Vaccination in the Punjab 1883-1896 - 1883-1896
Year: 1883
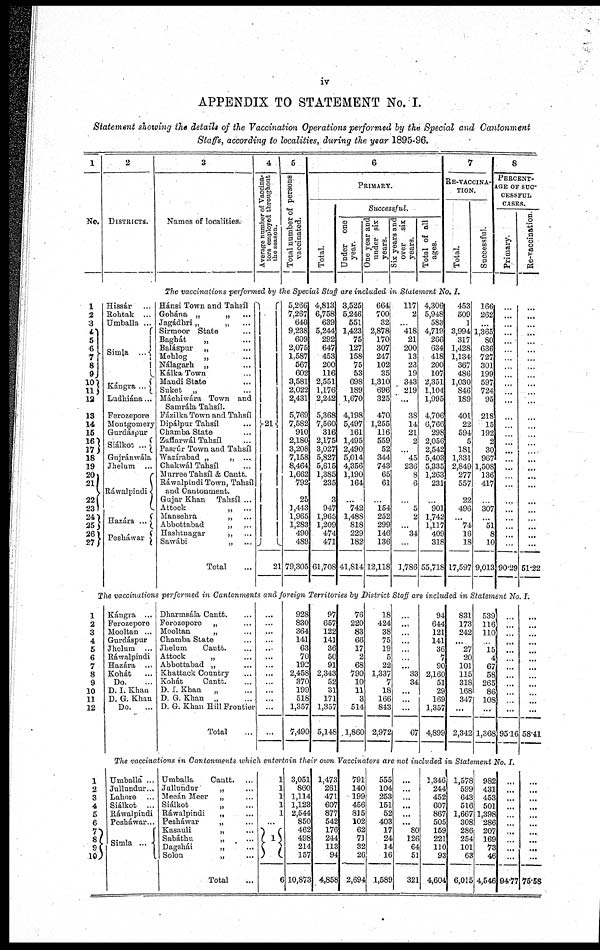
iv
APPENDIX TO STATEMENT No. I.
Statement showing the details of the Vaccination Operations performed by the Special and Cantonment
Staffs, according to localities, during the year 1895-96.
1
No.
2
DISTRICTS.
3
Names of localities.
4
Average number of Vaccina-
tors employed throughout
the season.
5
Total number of persons
vaccinated.
6
PRIMARY.
Total.
Successful.
Under one
year.
One year and
under six
years.
Six years and
over six
years.
Total of all
ages.
7
RE-VACCINA-
----.
Total.
Successful.
8
PERCENT-
--- OF SUC-
CESSFUL
CASES.
Primary.
Re-vaccination
The vaccinations performed by the Special Staff are included in Statement No. I.
1
2
3
4
5
6
7
8
9
10
11
12
13
14
15
16
17
18
19
20
21
22
23
24
25
26
27
Hissár
...
Rohtak ...
Umballa ...
Simla
...
Kángra ...
Ludhiána...
Ferozepore
Montgomery
Gurdáspur
Siálkot ...
Gujránwála
Jhelum ...
Ráwalpindi
Hazára ...
Pesháwar
Hánsi Town and Tahsíl
Gohána „
„ ...
Jagádhri „
„ ...
Sirmoor State ...
Baghát
„ ...
Baláspur „ ...
Mehlog
„ ...
Nálagarh „ ...
Kálka Town ...
Mandi State ...
Suket „ ...
Máchiwára Town and
Samrála Tahsíl.
Fázilka Town and Tahsíl
Dipálpur Tahsíl ...
Chamba State ...
Zaffarwál Tahsíl ...
Pasrúr Town and Tahsíl
Wazírabad „
„ ...
Chakwál Tahsíl
Murree Tahsíl & Cantt.
Ráwalpindi Town, Tahsíl
and Cantonment.
Gujar Khan Tahsíl ...
Attock
„ ...
Mansehra
„ ...
Abbottabad
„ ...
Hashtnagar
„ ...
Sawábi
„ ...
Total ...
21
21
5,266
7,267
640
9,238
609
2,075
1,587
567
602
3,581
2,022
2,431
5,769
7,582
910
2,180
3,208
7,158
8,464
1,662
792
25
1,443
1,965
1,283
490
489
79,305
4,813
6,758
639
5,244
292
647
453
200
116
2,551
1,176
2,242
5,368
7,560
316
2,175
3,027
5,827
5,615
1,385
235
3
947
1,965
1,209
474
471
61,708
3,525
5,246
551
1,423
75
127
158
75
53
698
189
1,670
4,198
5,497
161
1,495
2,490
5,014
4,356
1,190
164
...
742
1,488
818
229
182
41,814
664
700
32
2,878
170
307
247
102
35
1,310
696
325
470
1,255
116
559
52
344
743
65
61
...
154
252
299
146
136
12,118
117
2
...
418
21
200
13
23
19
343
219
...
38
14
21
2
...
45
236
8
6
... 5
2
...
34
...
1,786
4,306
5,948
583
4,719
266
634
418
200
107
2,351
1,104
1,995
4,706
6,766
298
2,056
2,542
5,403
5,335
1,263
231
...
901
1,742
1,117
409
318
55,718
453
509
1
3,994
317
1,428
1,134
367
486
1,030
846
189
401
22
594
5
181
1,331
2,849
277
557
22
496
...
74
16
18
17,597
166
262
...
1,365
80
636
727
301
199
597
724
95
218
15
192
2
30
967
1,508
136
417
...
307
...
51
8
10
9,013
...
...
...
...
...
...
...
...
...
...
...
...
...
...
...
...
...
...
...
...
...
...
...
...
...
...
...
90.29
...
...
...
...
...
...
...
...
...
...
...
...
...
...
...
...
...
...
...
...
...
...
...
...
...
...
...
61.22
The vaccinations performed in Cantonments and foreign Territories by District Staff are included in Statement No. I.
1
2
3
4
5
6
7
8
9
10
11 12
Kángra ...
Ferozepore
Mooltan ...
Gurdáspur
Jhelum ...
Ráwalpindi
Hazára ...
Kohát ...
Do. ...
D. I. Khan
D. G. Khan
Do. ...
Dharmsála Cantt. ...
Ferozepore „ ...
Mooltan
„ ...
Chamba State ...
Jhelum
Cantt. ...
Attock
„ ...
Abbottabad „ ...
Khattack Country ...
Kohát
Cantt. ...
D. I. Khan
„ ...
D. G. Khan „ ...
D. G. Khan Hill Frontier
Total ...
...
...
...
...
...
...
...
...
...
...
...
...
...
928
830
364
141
63
70
192
2,458
370
199
518
1,357
7,490
97
657
122
141
36
50
91
2,343
52
31
171
1,357
5,148
76
220
83
66
17
2
68
790
10
11
3
514
1,860
18
424
38
75
19
5
22
1,337
7
18
166
843
2,972
...
...
...
...
...
...
...
33
34
...
...
...
67
94
644
121
141
36
7
90
2,160
51
29
169
1,357
4,899
831
173
242
...
27
20
101
115
318
168
347
...
2,342
539
116
110
...
15
4
67
58
265
86
108
...
1,368
...
...
...
...
...
...
...
...
...
...
...
...
95.16
...
...
...
...
...
...
...
...
...
...
...
...
58.41
The vaccinations in Cantonments which entertain their own Vaccinators are not included in Statement No. I.
1
2
3
4
5
6
7 8
9
10
Umballa ...
Jullundur...
Lahore
Siálkot
Ráwalpindi
Peshawar...
Simla ...
Umballa
Cantt. ...
Jullundur
„ ...
Meeán Meer „ ...
Siálkot
„ ...
Ráwalpindi
„ ...
Pesháwar
„ ...
Kasauli
„ ...
Sabáthu
„ ...
Dagshái
„ ...
Solon
„ ...
Total ...
1
1
1
1
1
...
1
6
3,051
860
1,114
1,123
2,544
850
462
498
214
157
10,873
1,473
261
471
607
877
542
176
244
113
94
4,858
791
140
198
456
815
102
62
71
32
26
2,694
555
104
253
151
52
403
17
24
14
16
1,589
...
...
...
...
...
...
80
126
64
51
321
1,346
244
452
607
867
505
159
221
110
93
4,604
1,578
599
643
516
1,667
308
286
254
101
63
6,015
982
431
453
501
1,398
286
207
169
73
46
4,546
...
...
...
...
...
...
...
...
...
...
94.77
...
...
...
...
...
...
...
...
...
...
75.58